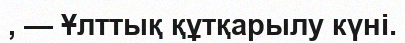
, — Ұлттық құтқарылу күні.